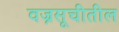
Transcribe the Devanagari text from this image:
वज्रसूचीतील